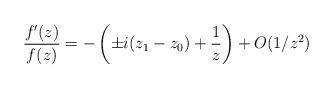
LaTeX: \begin{align*}\frac{f'(z)}{f(z)} = -\left( \pm i(z_1-z_0) + \frac{1}{z} \right) + O(1/z^2)\end{align*}